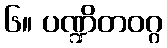
၆။ ပဏ္ဍိတဝဂ္ဂ